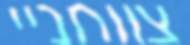
צווחניי